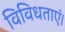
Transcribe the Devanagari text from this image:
विविधताएं।